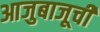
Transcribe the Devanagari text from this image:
आजुबाजूची